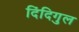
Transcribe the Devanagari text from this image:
दिंदिगुल